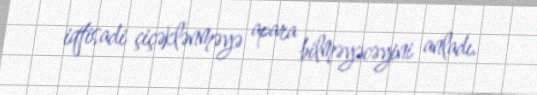
iqtisadi çiçəklənməyə apara bilməyəcəyini anladı.